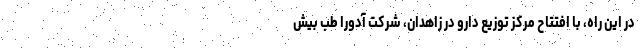
در این راه، با افتتاح مرکز توزیع دارو در زاهدان، شرکت آدورا طب بیش